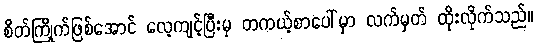
စိတ်ကြိုက်ဖြစ်အောင် လေ့ကျင့်ပြီးမှ တကယ့်စာပေါ်မှာ လက်မှတ် ထိုးလိုက်သည်။